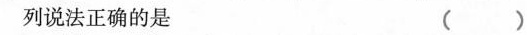
列说法正确的是 ()